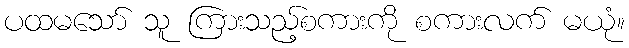
ပထမသော် သူ ကြားသည့်စကားကို စကားလက် မယုံ။